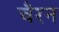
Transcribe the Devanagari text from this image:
चैरन